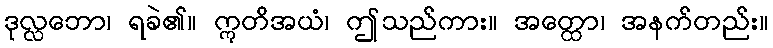
ဒုလ္လဘော၊ ရခဲ၏။ ဣတိအယံ၊ ဤသည်ကား။ အတ္ထော၊ အနက်တည်း။